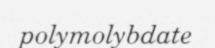
polymolybdate